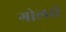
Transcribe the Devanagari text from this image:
गोलसे